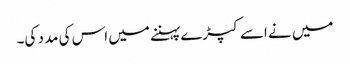
میں نے اسے کپڑے پہننے میں اس کی مدد کی۔